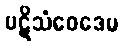
ပဋိသံဝေဒေမ